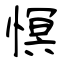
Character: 慏